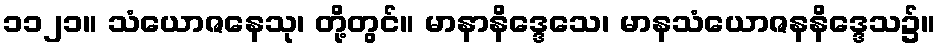
၁၁၂၁။ သံယောဇနေသု၊ တို့တွင်။ မာနာနိဒ္ဒေသေ၊ မာနသံယောဇနနိဒ္ဒေသ၌။